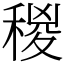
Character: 稯